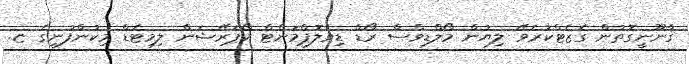
ޤާނޫނީގޮތުން ގެޒެޓްކުރެވޭ ލިޔުން މޯލްޑިވްސް ރޯޑް ޑިވެލޮޕްމަންޓް ކޯޕަރޭޝަން ލިމިޓެޑް މިކުންފުނީގެ ޏ.